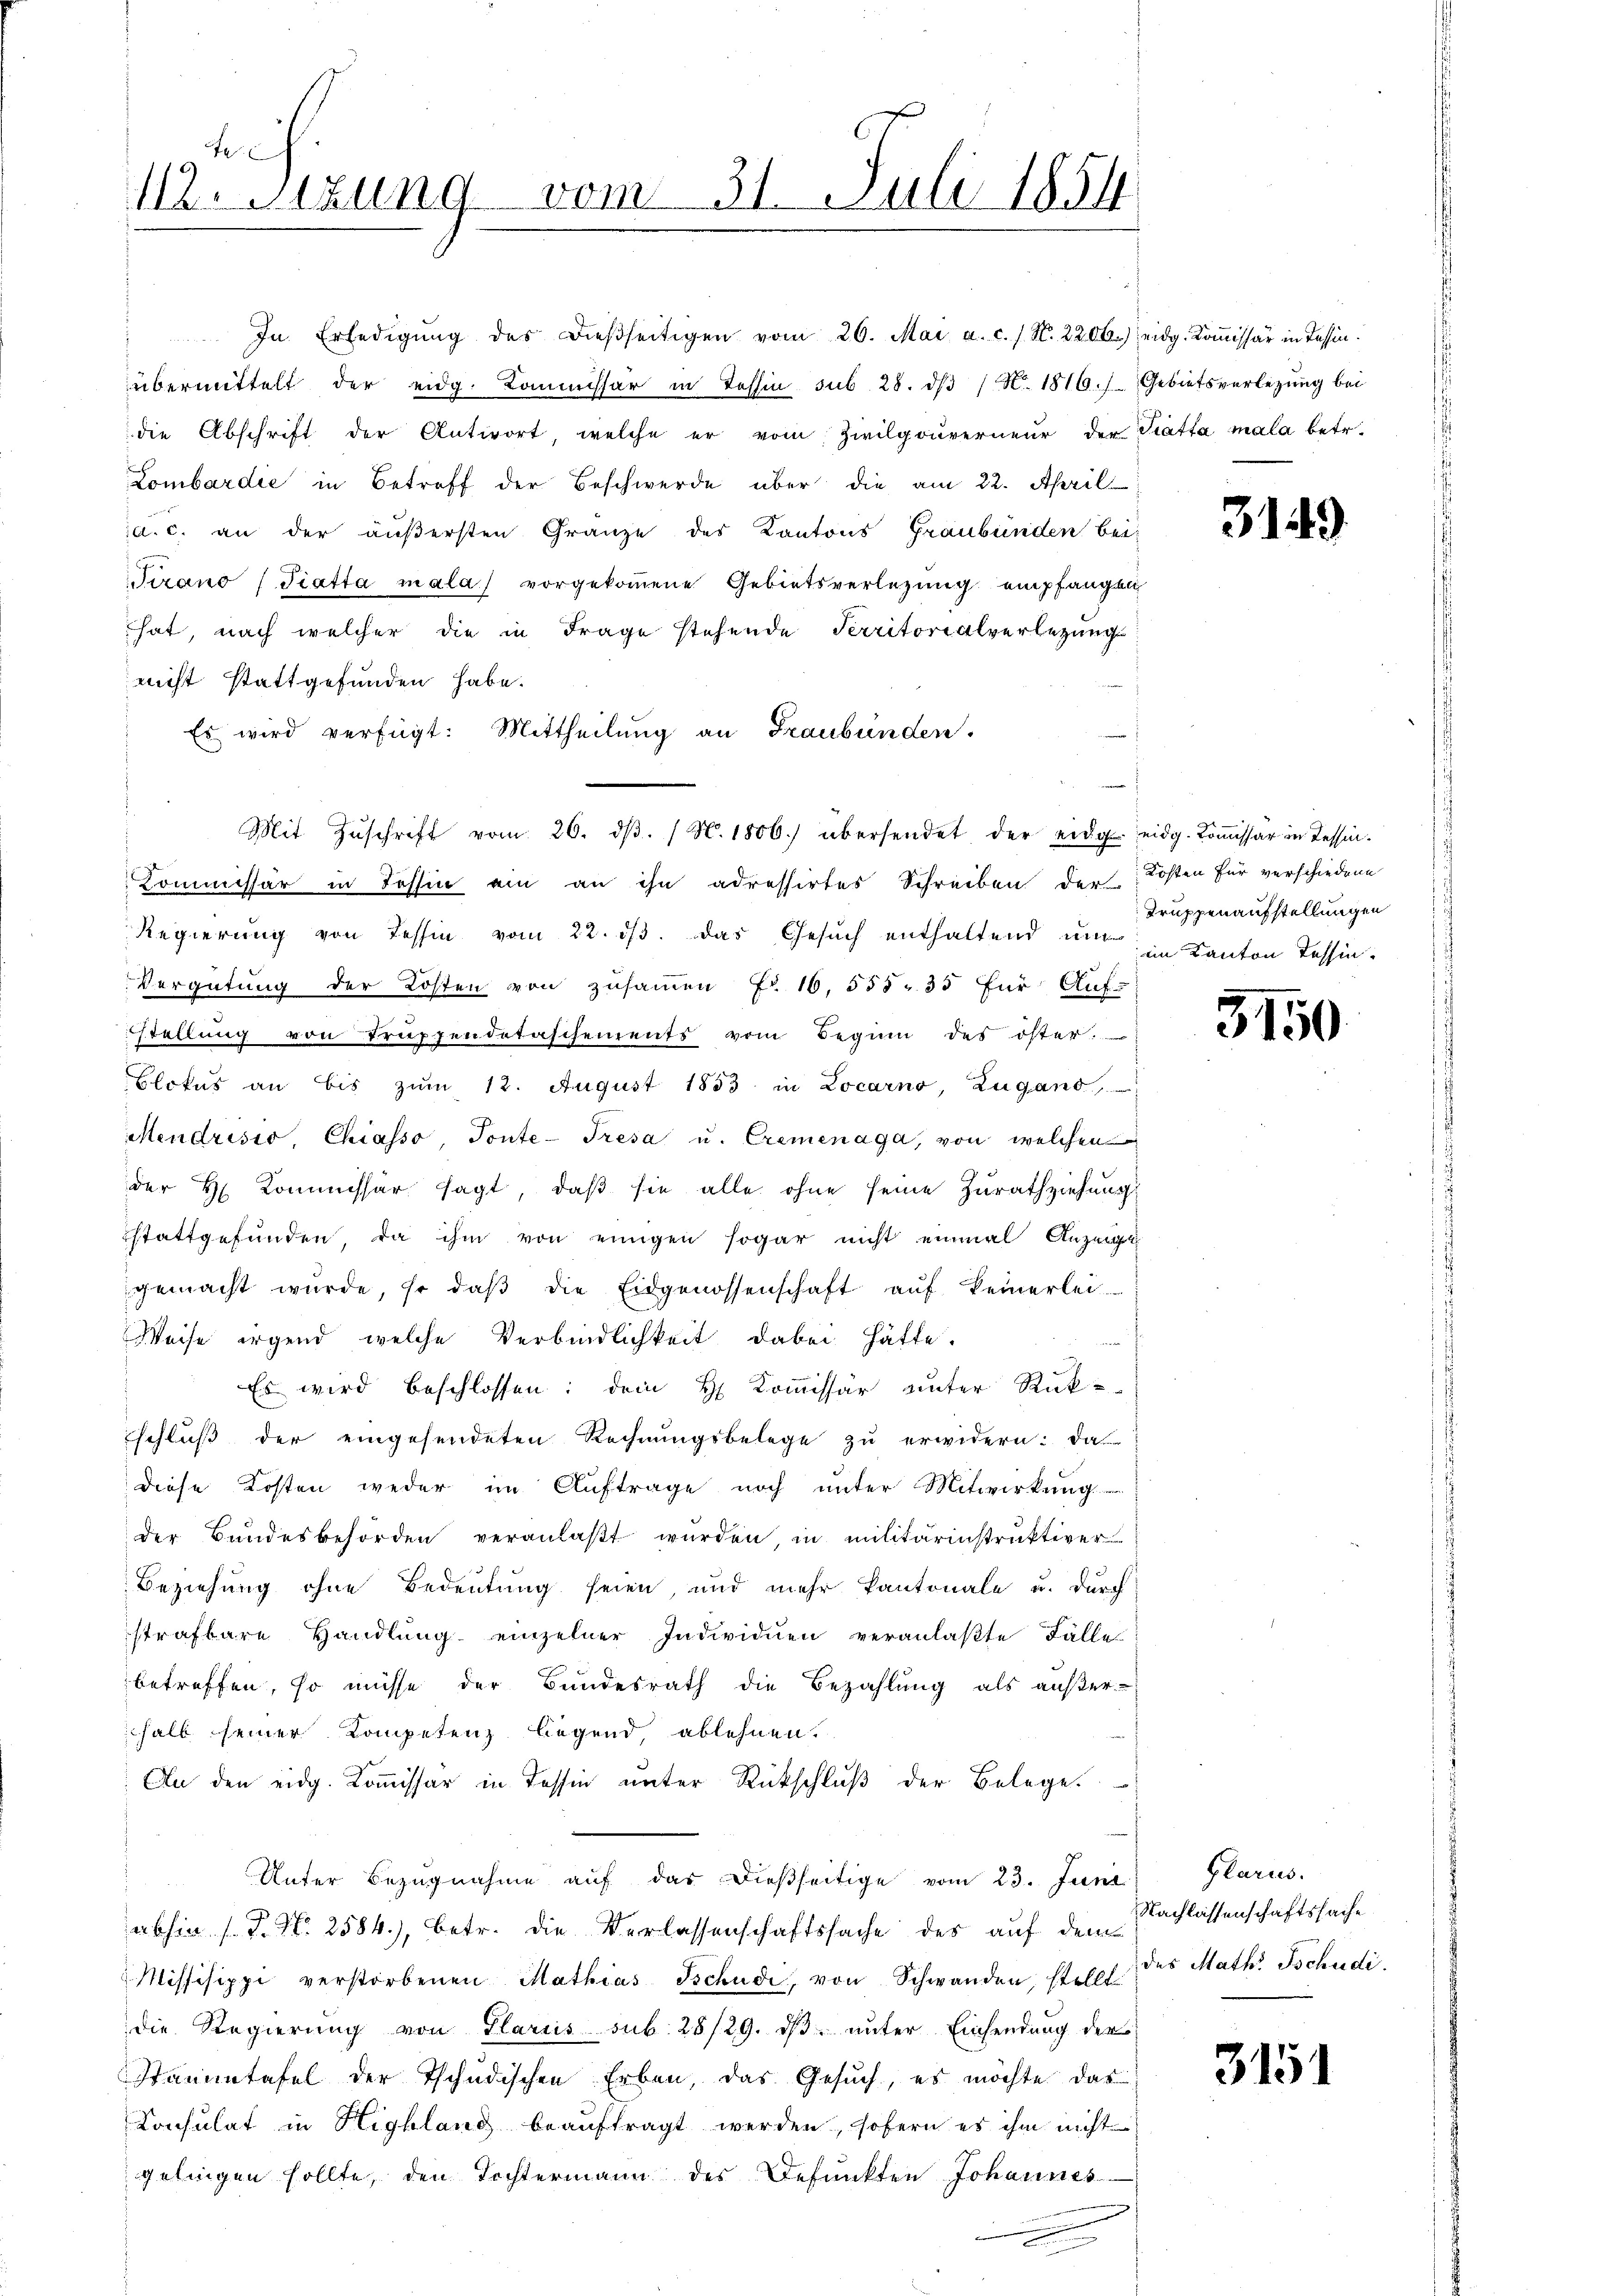
Fe
112. Sitzung vom 31. Juli 1854

In Erledigŭng des dießseitigen vom 26. Mai a. c. / N. 2206.) eidg. Koṁissär in Tessin.
übermittelt der eidg. Kommissar in Tessin sub 28. dβ N. 1816.) Gebietsverlegŭng bei
die Abschrift der Antwort welche er vom Zivilgouverneur der Kratta mala betr.
Lombardie in Betreff der Beschwerde über die am 22. April
a. c. an der äŭβersten Gränze des Kantons Graubünden bei
Tirano (Tratta mala vorgekoṁene Gebietsverlegung empfangen
hat, nach welcher die in Frage stehende Perritorialverletzung
nicht stattgefunden habe.
Es wird verfügt: Mittheilung an Graubünden.
Mit Zŭschrift vom 26. dβ. / N. 1806. übersendet der eidg. eidg. Koṁissär in Tessin.
Commissär in Tessin ein an ihn adressirtes Schreiben der Kosten für verschiedene
Regierung von Tessin vom 22. ds. das Gesuch enthaltend um im Kanton Tessin.
Vergütung der Kosten von zusammen Nr. 16, 555. 35 für Auf-
stellung von Truppendetaschements vom Beginn des öster.
Blokus an bis zum 12. August 1853 in Locarno, Zugano
Mendrisio Chiasso, Tonte-Tresa u. Cremenaga, von welchen
der H. Kommissär sagt, daß sie alle ohne seine Zurathziehung
stattgefunden, da ihm von einigen sogar nicht einmal Anzeigt
gemacht wurde, so daβ die Eidgenossenschaft aŭf keinerlei
Weise irgend, welche Verbindlichkeit dabei hätte.
Es wird beschlossen; dem H. Commissär unter Rük-
schluss der eingesendeten Rechnŭngsbelege zŭ erwidern: da
diese Kosten weder im Auftrage noch unter Mitwirkung
der Bundesbehörden veranlaβt wurden in militärinstruktiver
Beziehung ohne Bedeutung seien, und mehr kantonale u. durch
strafbare Handlung einzelner Individuen veranlaßte Fälle
betreffen, so müsse der Bundesrath die Bezahlung als außer-
hall seiner Kompetenz liegend ablehnen.
An den eidg. Koṁissar in Tessin ŭnter Rückschlŭβ der Belege.
Unter Bezŭgnahme aŭf das dießseitige vom 23. Juni Glarus.
abhin s. P. Nr. 2584), betr. die Verlassenschaftssache des auf dem
Missisippi verstorbenen Mathias Tschudi, von Schwanden, stellt.
die Regierŭng von Glarus sub. 28/29. dβ ŭnter Einsendung der
Stammtafel der Tschudischen Erben, das Gesuch, es möchte das
Consulat in Highland beauftragt werden, sofern es ihm nicht
gelingen sollte, den Tochtermann des Befunkten Johannes
e

3149

Truppenaufstellungen

3150

Nachlassenschaftssache
des Math. Tschudi.

3151